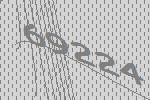
69224